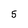
Character: 5